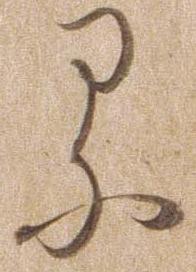
る